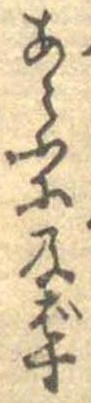
あらふに及ばす